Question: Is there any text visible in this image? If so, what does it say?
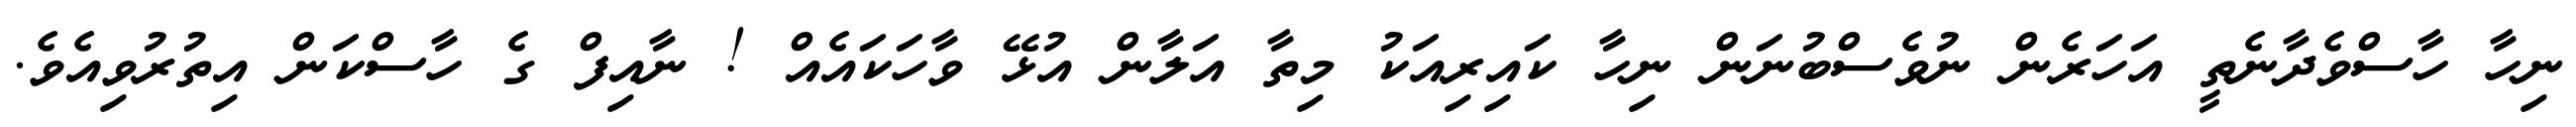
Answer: ނިހާ ހާސްވެދާނެތީ އަހަރެން ނުވެސްބުނަން ނިހާ ކައިރިއަކު މިތާ އަލާން އުޅޭ ވާހަކައެއް ! ނާއިފް ގެ ހާސްކަން އިތުރުވިއެވެ.